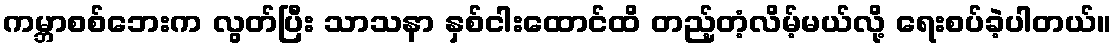
ကမ္ဘာစစ်ဘေးက လွတ်ပြီး သာသနာ နှစ်ငါးထောင်ထိ တည့်တံ့လိမ့်မယ်လို့ ရေးစပ်ခဲ့ပါတယ်။